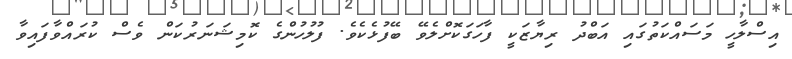
އިސްލާހީ މަސައްކަތުގައި އަބްދު ރިޔާޒަކީ ފާހަގަކޮށްލެވޭ ބޭފުޅެކެވެ. ފުލުހުންގެ ކޮމިޝަނަރުކަން ވެސް ކުރައްވާފައިވާ